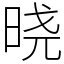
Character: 𣇈